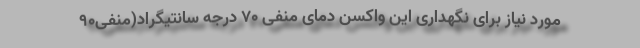
مورد نیاز برای نگهداری این واکسن دمای منفی ۷۰ درجه سانتیگراد(منفی۹۰